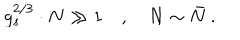
g _ { s } ^ { 2 / 3 } \cdot N \gg 1 \quad , \quad N \sim \bar { N } ~ .